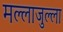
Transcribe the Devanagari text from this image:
मल्लाजुल्ला